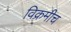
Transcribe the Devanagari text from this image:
विक्रमीच